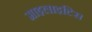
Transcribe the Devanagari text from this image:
माइलाइटिस